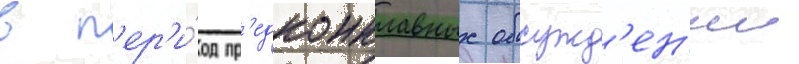
в п'ер'и́од пр'едконклавных обсужд'ен'ии